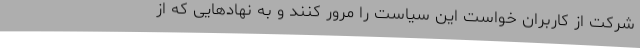
شرکت از کاربران خواست این سیاست را مرور کنند و به نهادهایی که از